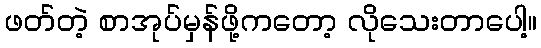
ဖတ်တဲ့ စာအုပ်မှန်ဖို့ကတော့ လိုသေးတာပေါ့။